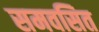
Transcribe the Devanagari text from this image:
समवसित